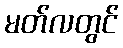
မတ်လတွင်